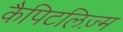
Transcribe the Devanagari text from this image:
कैपिटलिज़्म